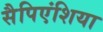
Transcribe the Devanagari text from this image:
सैपिएंशिया